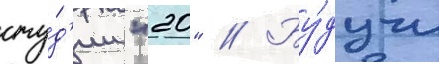
сту́д'ии "20" // Бу́дучи